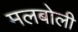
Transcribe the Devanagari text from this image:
मलबोली